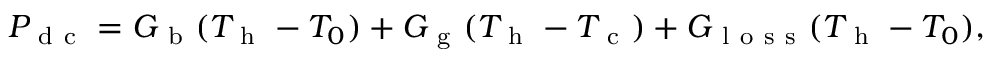
P _ { \mathrm { ~ d ~ c ~ } } = G _ { \mathrm { ~ b ~ } } ( T _ { \mathrm { ~ h ~ } } - T _ { 0 } ) + G _ { \mathrm { ~ g ~ } } ( T _ { \mathrm { ~ h ~ } } - T _ { \mathrm { ~ c ~ } } ) + G _ { \mathrm { ~ l ~ o ~ s ~ s ~ } } ( T _ { \mathrm { ~ h ~ } } - T _ { 0 } ) { , }